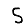
Digit: 5